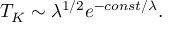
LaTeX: T _ { K } \sim \lambda ^ { 1 / 2 } e ^ { - c o n s t / \lambda } .